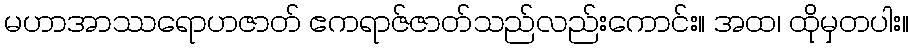
မဟာအာဿရောဟဇာတ် ဧကရာဇ်ဇာတ်သည်လည်းကောင်း။ အထ၊ ထိုမှတပါး။